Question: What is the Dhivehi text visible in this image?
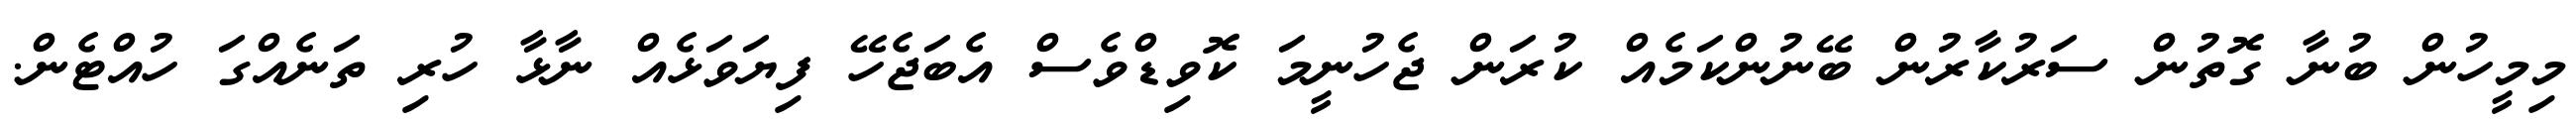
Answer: މިމީހުން ބުނާ ގޮތުން ސަރުކާރުން ބޭނުންކަމެއް ކުރަން ޖެހުނީމަ ކޮވިޑްވެސް އެބަޖެހޭ ފިޔަވަޅެއް ނާޅާ ހުރި ތަނެއްގަ ހުއްޓެން.